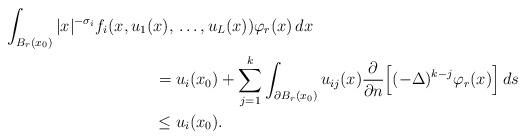
LaTeX: \begin{align*}\int_{B_{r}(x_0)} |x|^{-\sigma_i}f_{i}(x,u_{1}(x), {} & \ldots,u_{L}(x))\varphi_{r}(x) \,dx \\= {} & u_{i}(x_0) + \sum_{j=1}^{k} \int_{\partial B_{r}(x_0)} u_{ij}(x)\frac{\partial}{\partial n}\Big[(-\Delta)^{k-j}\varphi_{r}(x)\Big]\,ds \\\leq {} & u_{i}(x_0).\end{align*}